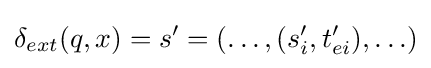
\delta _{ext}(q,x)=s'=(\ldots ,(s_{i}',t_{ei}'),\ldots )